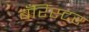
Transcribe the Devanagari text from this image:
बँरिस्टर